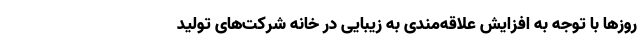
روزها با توجه به افزایش علاقه‌مندی به زیبایی در خانه شرکت‌های تولید